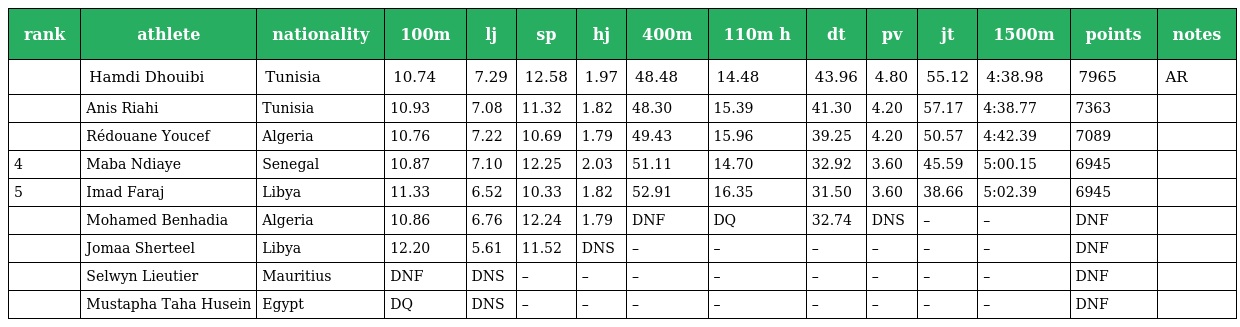
| rank | athlete | nationality | 100m | lj | sp | hj | 400m | 110m h | dt | pv | jt | 1500m | points | notes |
 | --- | --- | --- | --- | --- | --- | --- | --- | --- | --- | --- | --- | --- | --- | --- |
 |  | Hamdi Dhouibi | Tunisia | 10.74 | 7.29 | 12.58 | 1.97 | 48.48 | 14.48 | 43.96 | 4.80 | 55.12 | 4:38.98 | 7965 | AR |
 |  | Anis Riahi | Tunisia | 10.93 | 7.08 | 11.32 | 1.82 | 48.30 | 15.39 | 41.30 | 4.20 | 57.17 | 4:38.77 | 7363 |  |
 |  | Rédouane Youcef | Algeria | 10.76 | 7.22 | 10.69 | 1.79 | 49.43 | 15.96 | 39.25 | 4.20 | 50.57 | 4:42.39 | 7089 |  |
 | 4 | Maba Ndiaye | Senegal | 10.87 | 7.10 | 12.25 | 2.03 | 51.11 | 14.70 | 32.92 | 3.60 | 45.59 | 5:00.15 | 6945 |  |
 | 5 | Imad Faraj | Libya | 11.33 | 6.52 | 10.33 | 1.82 | 52.91 | 16.35 | 31.50 | 3.60 | 38.66 | 5:02.39 | 6945 |  |
 |  | Mohamed Benhadia | Algeria | 10.86 | 6.76 | 12.24 | 1.79 | DNF | DQ | 32.74 | DNS | – | – | DNF |  |
 |  | Jomaa Sherteel | Libya | 12.20 | 5.61 | 11.52 | DNS | – | – | – | – | – | – | DNF |  |
 |  | Selwyn Lieutier | Mauritius | DNF | DNS | – | – | – | – | – | – | – | – | DNF |  |
 |  | Mustapha Taha Husein | Egypt | DQ | DNS | – | – | – | – | – | – | – | – | DNF |  |